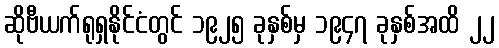
ဆိုဗီယက်ရုရှနိုင်ငံတွင် ၁၉၂၅ ခုနှစ်မှ ၁၉၄၇ ခုနှစ်အထိ ၂၂